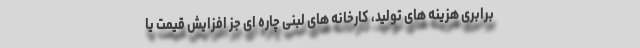
برابری هزینه های تولید، کارخانه های لبنی چاره ای جز افزایش قیمت یا